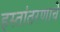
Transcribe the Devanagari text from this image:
हस्तांतरणाचे